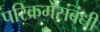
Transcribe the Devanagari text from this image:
परिक्रमेसंबंधी